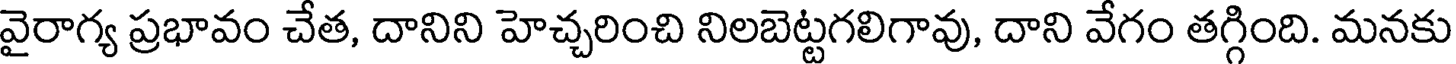
వైరాగ్య ప్రభావం చేత, దానిని హెచ్చరించి నిలబెట్టగలిగావు, దాని వేగం తగ్గింది. మనకు